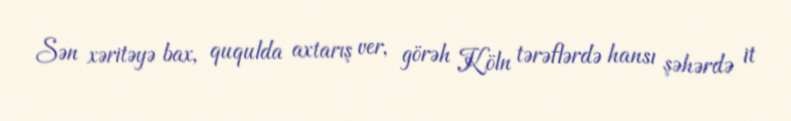
Sən xəritəyə bax, ququlda axtarış ver, görəh Köln tərəflərdə hansı şəhərdə it